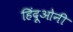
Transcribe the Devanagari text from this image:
हिंदूओनी